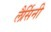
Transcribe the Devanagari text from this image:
लैर्सिनी